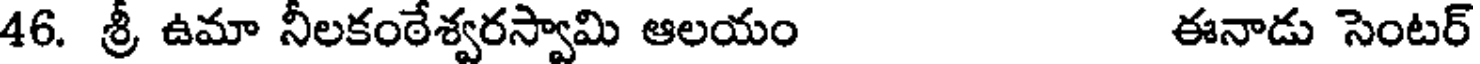
46. శ్రీ ఉమా నీలకంఠేశ్వరస్వామి ఆలయం ఈనాడు సెంటర్